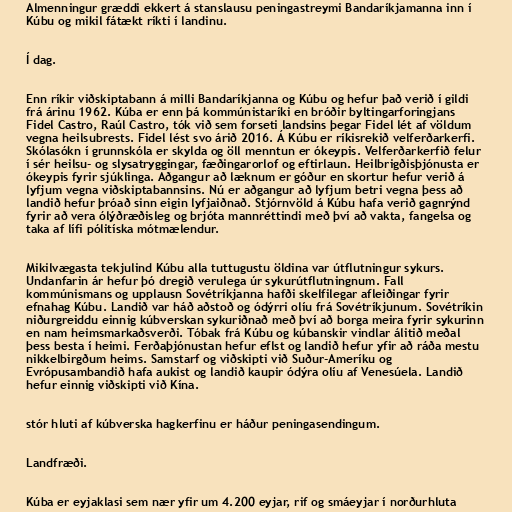
Almenningur græddi ekkert á stanslausu peningastreymi Bandaríkjamanna inn í
Kúbu og mikil fátækt ríkti í landinu.

Í dag.

Enn ríkir viðskiptabann á milli Bandaríkjanna og Kúbu og hefur það verið í gildi
frá árinu 1962. Kúba er enn þá kommúnistaríki en bróðir byltingarforingjans
Fidel Castro, Raúl Castro, tók við sem forseti landsins þegar Fidel lét af völdum
vegna heilsubrests. Fidel lést svo árið 2016. Á Kúbu er ríkisrekið velferðarkerfi.
Skólasókn í grunnskóla er skylda og öll menntun er ókeypis. Velferðarkerfið felur
í sér heilsu- og slysatryggingar, fæðingarorlof og eftirlaun. Heilbrigðisþjónusta er
ókeypis fyrir sjúklinga. Aðgangur að læknum er góður en skortur hefur verið á
lyfjum vegna viðskiptabannsins. Nú er aðgangur að lyfjum betri vegna þess að
landið hefur þróað sinn eigin lyfjaiðnað. Stjórnvöld á Kúbu hafa verið gagnrýnd
fyrir að vera ólýðræðisleg og brjóta mannréttindi með því að vakta, fangelsa og
taka af lífi pólitíska mótmælendur.

Mikilvægasta tekjulind Kúbu alla tuttugustu öldina var útflutningur sykurs.
Undanfarin ár hefur þó dregið verulega úr sykurútflutningnum. Fall
kommúnismans og upplausn Sovétríkjanna hafði skelfilegar afleiðingar fyrir
efnahag Kúbu. Landið var háð aðstoð og ódýrri olíu frá Sovétríkjunum. Sovétríkin
niðurgreiddu einnig kúbverskan sykuriðnað með því að borga meira fyrir sykurinn
en nam heimsmarkaðsverði. Tóbak frá Kúbu og kúbanskir vindlar álitið meðal
þess besta í heimi. Ferðaþjónustan hefur eflst og landið hefur yfir að ráða mestu
nikkelbirgðum heims. Samstarf og viðskipti við Suður-Ameríku og
Evrópusambandið hafa aukist og landið kaupir ódýra olíu af Venesúela. Landið
hefur einnig viðskipti við Kína.

stór hluti af kúbverska hagkerfinu er háður peningasendingum.

Landfræði.

Kúba er eyjaklasi sem nær yfir um 4.200 eyjar, rif og smáeyjar í norðurhluta